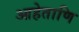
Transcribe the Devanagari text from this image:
आहेताणि